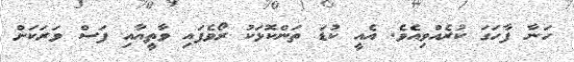
ހަނާ ފާހަގަ ކުރެއްވިއެވެ. އެއީ ކުޑަ ތަންކޮޅަކު ރޯވެފައި ވާތީއާއި ފަސް ވަރަކަށް